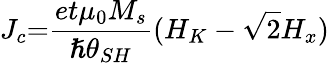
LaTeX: J_{c}{=}\frac{et{\mu}_{0}M_{s}}{\hslash{\theta}_{SH}}(H_{K}-\sqrt{2}H_{x})